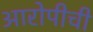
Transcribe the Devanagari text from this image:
आरोपीची